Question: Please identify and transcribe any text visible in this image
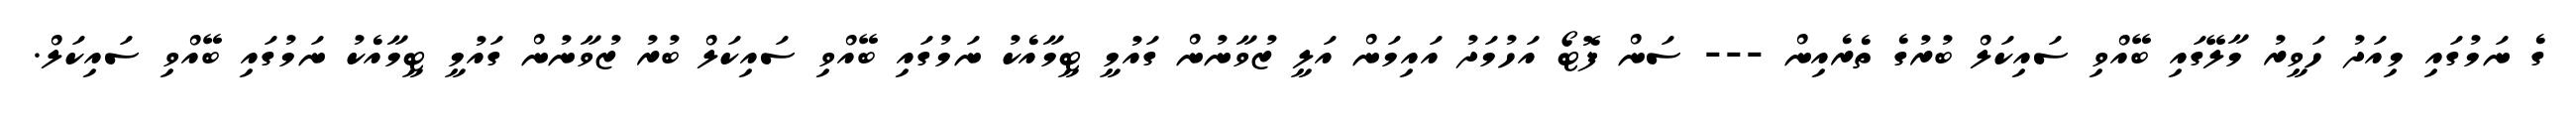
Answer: ގެ ނަމުގައި މިއަދު ހަވީރު މާލޭގައި ބޭއްވި ސައިކަލް ބުރުގެ ތެރެއިން --- ސަން ފޮޓޯ އަހުމަދު އައިމަން އަލީ ޒުވާނުން ގައުމީ ޓީމާއެކު ނަމުގައި ބޭއްވި ސައިކަލް ބުރު ޒުވާނުން ގައުމީ ޓީމާއެކު ނަމުގައި ބޭއްވި ސައިކަލް.